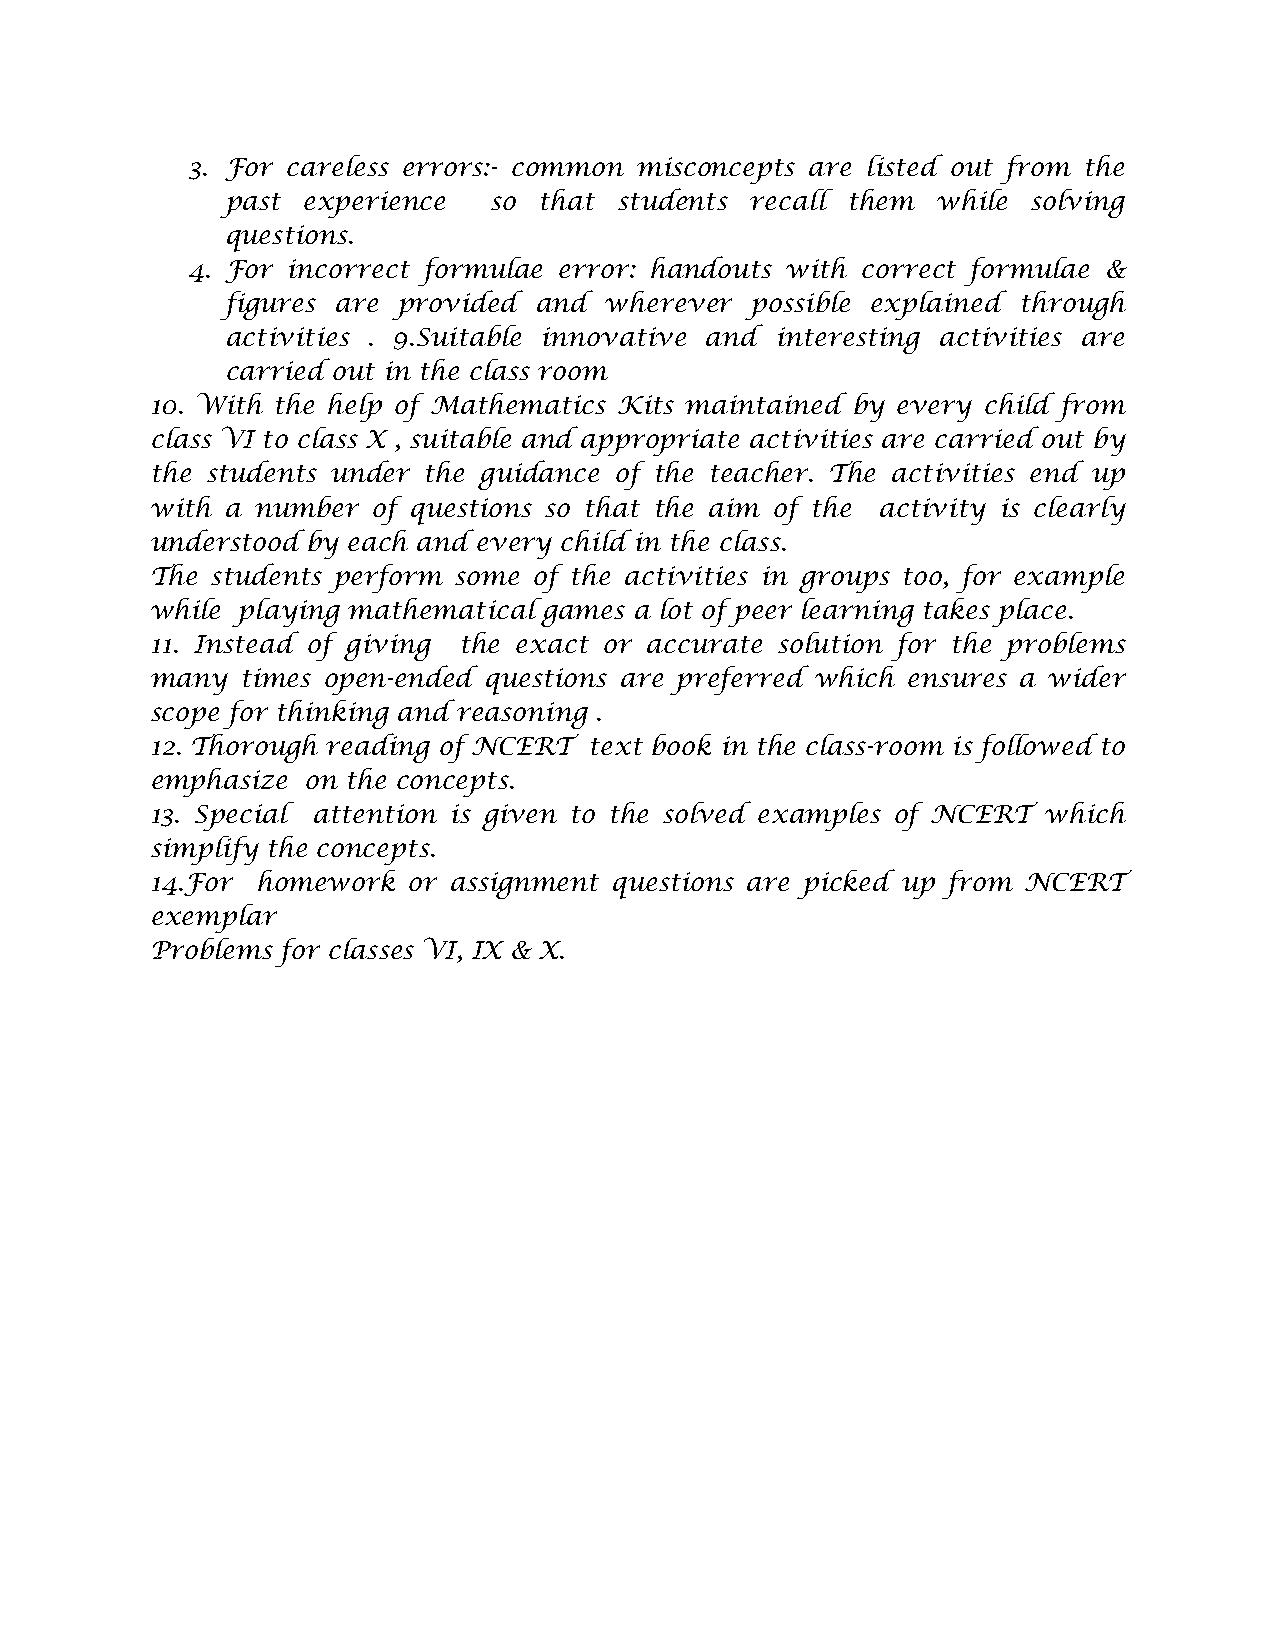
3. For careless errors:- common misconcepts are listed out from the
 past experience  so  that students recall them while solving
 questions.
 4. For incorrect formulae error: handouts with correct formulae &
 figures are provided and wherever  possible explained through
 activities . 9.Suitable innovative and interesting activities are
 carried out in the class room
 10. With the help of Mathematics Kits maintained by every child from
 class VI to class X , suitable and appropriate activities are carried out by
 the students under the guidance of the teacher. The activities end up
 with a number  of questions so that the aim of the activity is clearly
 understood by each and every child in the class.
 The students perform some of the activities in groups too, for example
 while playing mathematical games a lot of peer learning takes place.
 11. Instead of giving the exact or accurate solution for the problems
 many  times open-ended questions are preferred which ensures a wider
 scope for thinking and reasoning .
 12. Thorough reading of NCERT text book in the class-room is followed to
 emphasize on the concepts.
 13. Special attention is given to the solved examples of NCERT which
 simplify the concepts.
 14.For homework  or assignment questions are picked up from NCERT
 exemplar
 Problems for classes VI, IX & X.